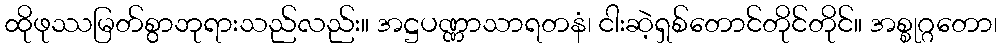
ထိုဖုဿမြတ်စွာဘုရားသည်လည်း။ အဋ္ဌပဏ္ဏာသာရတနံ၊ ငါးဆဲ့ရှစ်တောင်တိုင်တိုင်။ အစ္စုဂ္ဂတော၊